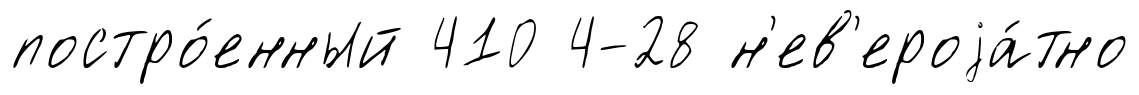
постро́енный 410 4-28 н'ев'ероjа́тно